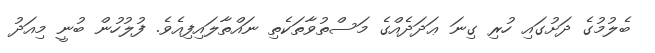
ބެލުމުގެ ދަށުގައި ހުރި ގިނަ ޢަދަދެއްގެ މަސްތުވާތަކެތި ނައްތާލައިފިއެވެ. ފުލުހުން ބުނީ މިއަދު